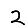
Digit: 2